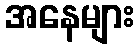
အနေများ